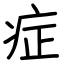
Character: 症